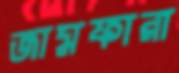
জামফারা